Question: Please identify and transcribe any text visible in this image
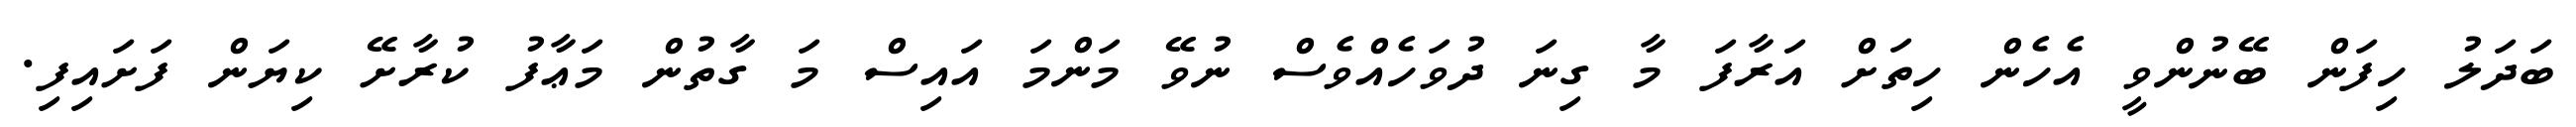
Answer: ބަދަލު ހިފަން ބޭނުންވީ އެހެން ހިތަށް އަރާފަ މާ ގިނަ ދުވަހެއްވެސް ނުވޭ މަންމަ އައިސް މަ ގާތުން މަޢާފު ކުރާށޭ ކިޔަން ފަށައިފި.